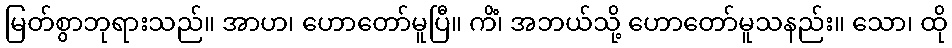
မြတ်စွာဘုရားသည်။ အာဟ၊ ဟောတော်မူပြီ။ ကိံ၊ အဘယ်သို့ ဟောတော်မူသနည်း။ သော၊ ထို